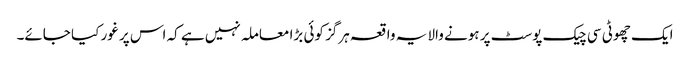
ایک چھوٹی سی چیک پوسٹ پر ہونے والا یہ واقعہ ہرگز کوئی بڑا معاملہ نہیں ہے کہ اس پر غور کیا جائے۔